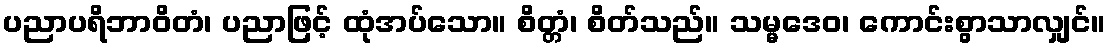
ပညာပရိဘာဝိတံ၊ ပညာဖြင့် ထုံအပ်သော။ စိတ္တံ၊ စိတ်သည်။ သမ္မဒေဝ၊ ကောင်းစွာသာလျှင်။